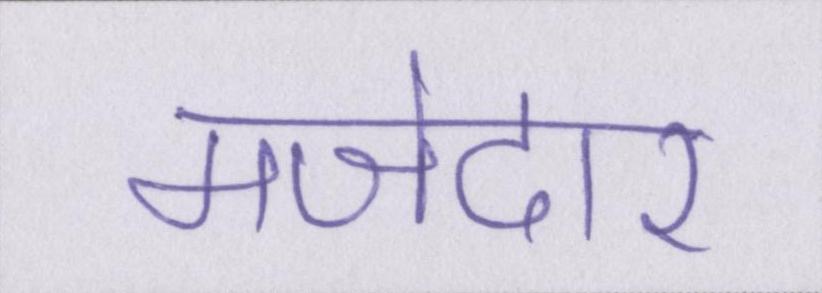
मजेदार